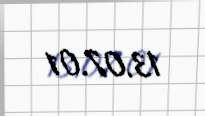
13.07.01